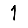
Digit: 1